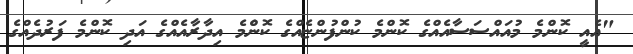
"އެއީ ކޮންމެ މުއައްސަސާއެއްގެ ކޮންމެ ކުންފުންޏެއްގެ ކޮންެމެ އިދާރާއެއްގެ އަދި ކޮންމެ ފަރުދެއްގެ